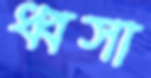
ধ্বসা